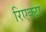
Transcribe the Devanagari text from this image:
रिएक्टा